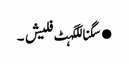
●سگناللگہٹ فلیش ۔